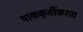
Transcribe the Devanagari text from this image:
पाककृतींकरता